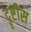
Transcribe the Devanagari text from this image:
दॄष्टीस